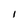
Character: I